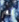
لم